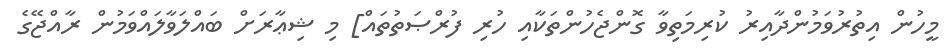
މީހުން އިތުރުވަމުންދާއިރު ކުރިމަތިވާ ގޮންޖެހުންތަކާއި ހުރި ފުރްޞަތުތައް] މި ޝިޢާރަށް ބައްލަވާލައްވަމުން ރާއްޖޭގެ